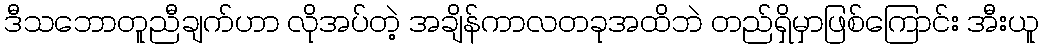
ဒီသဘောတူညီချက်ဟာ လိုအပ်တဲ့ အချိန်ကာလတခုအထိဘဲ တည်ရှိမှာဖြစ်ကြောင်း အီးယူ